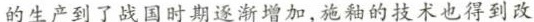
的生产到了战国时期逐渐增加，施釉的技术也得到改